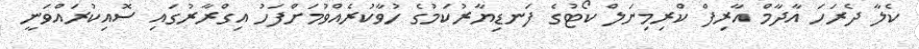
ކެލާ ދެރަހަ އާދާމް އާރިފް ކްރިމިނަލް ކޯޓުގެ ފަނޑިޔާރުކަމުގެ ހުވާކުރެއްވުމަށްފަހު އިގްރާރުގައި ސޮއިކުރައްވަނީ